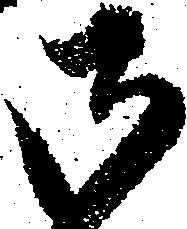
御